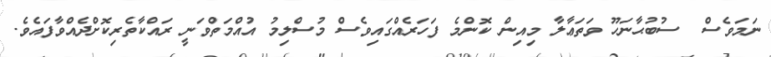
ނަމަވެސް  ސުބުޙާނަހޫ ވަތަޢާލާ މިއިން ކޮންމެ ފަހަރެއްގައިވެސް މުސްލިމު އުއްމަތްވަނީ ރައްކާތެރިކޮށްދެއްވާފައެވެ.